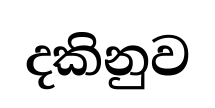
දකිනුව